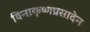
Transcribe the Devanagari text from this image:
विनाकृष्णप्रसादेन